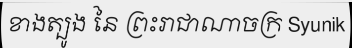
ខាងត្បូង នៃ ព្រះរាជាណាចក្រ Syunik